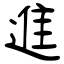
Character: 進